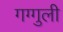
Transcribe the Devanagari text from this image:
गग्गुली